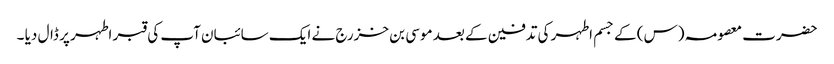
حضرت معصومہ (س) کے جسم اطہر کی تدفین کے بعد موسی بن خزرج نے ایک سائبان آپ کی قبر اطہر پر ڈال دیا ۔